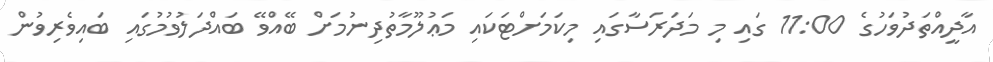
އާދީއްތަދުވަހުގެ 11:00 ގައި މި މަދަރަސާގައި މިކަމަށްޓަކައި މަޢުލޫމާތުދިނުމަށް ބޭއްވޭ ބައްދަލުވުމުގައި ބައިވެރިވުން